Annual report on the working of the lock hospitals in the North-Western Provinces and Oudh
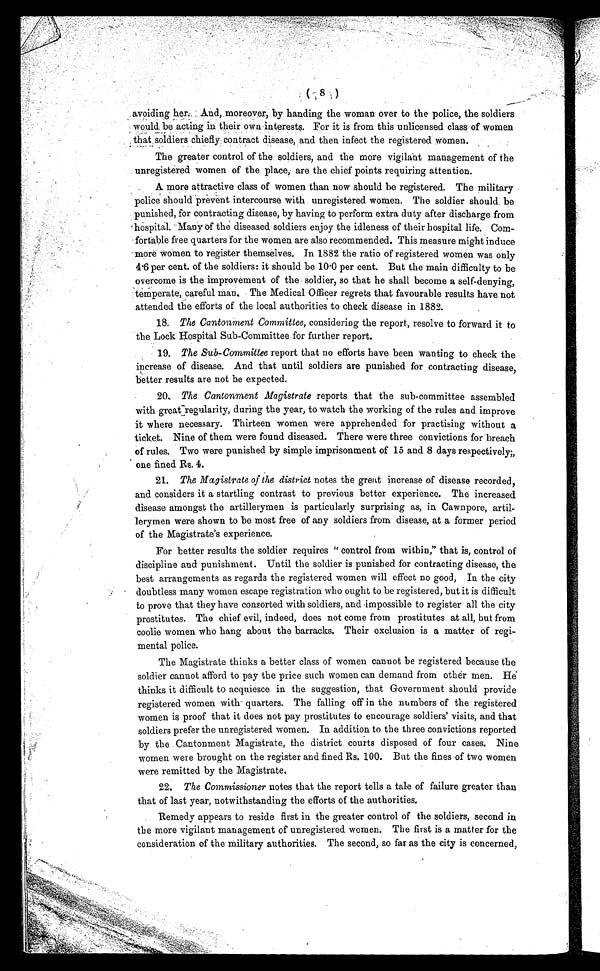
avoiding her And, moreover, by handing the woman over to the police, the soldiers
would. be acting in their own interests. For it is from this unlicensed class of women
that soldiers chiefly contract disease, and then infect the registered women.
The greater control of the soldiers, and the more vigilant management of the
unregistered women of the place, are the chief points requiring attention.
A more attractive class of women than now should be registered. The military
police should prevent intercourse with unregistered women. The soldier should. be
punished, for contracting disease, by having to perform extra duty after discharge from
hospital. Many of the diseased soldiers enjoy the idleness of their hospital life, Com-
fortable free quarters for the women are also recommended. This measure might induce
more women to register themselves. In 1882 the ratio of registered women was only
4.6 per cent, of the soldiers: it should be 10 .0 per cent. But the main difficulty to be
overcome is the improvement of the soldier, so that he shall become a self-denying,
temperate, careful man. The Medical Officer regrets that favourable results have not
attended the efforts of the local authorities to check disease in 1882.
18. The Cantonment Committee, considering the report, resolve to forward it to
the Lock Hospital Sub-Committee for further report.
19. The Sub-Committee report that no efforts have been wanting to check the
increase of disease. And that until soldiers are punished for contracting disease,
better results are not be expected.
20. The Cantonment Magistrate reports that the sub-committee assembled
with great regularity, during the year, to watch the working of the rules and improve
it where necessary. Thirteen women were apprehended for practising without a
ticket. Nine of them were found diseased. There were three convictions for breach
of rules. Two were punished by simple imprisonment of 15 and 8 days respectively;,
one fined Rs. 4.
21. The Magistrate of the district notes the great increase of disease recorded,
and considers it a startling contrast to previous better experience. The increased
disease amongst the artillerymen is particularly surprising as, in Cawnpore, artil-
lerymen were shown to be most free of any soldiers from disease, at a former period
of the Magistrate's experience.
For better results the soldier requires "control from within," that is, control of
discipline and punishment. Until the soldier is punished for contracting disease, the
best arrangements as regards the registered women will effect no good, In the city
doubtless many women escape registration who ought to be registered, but it is difficult
to prove that they have consorted with soldiers, and impossible to register all the city
prostitutes. The chief evil, indeed, does not come from prostitutes at all, but from
coolie women who hang about the barracks. Their exclusion is a matter of regi-
mental police.
The Magistrate thinks a better class of women cannot be registered because the.
soldier cannot afford to pay the price such women can demand from other men. He
thinks it difficult to acquiesce in. the suggestion, that Government should provide
registered women with quarters. The falling off in the numbers of the registered
women is proof that it does not pay prostitutes to encourage soldiers' visits, and that
soldiers prefer the unregistered women. In addition to the three convictions reported
by the Cantonment Magistrate, the district courts disposed of four cases. Nine
women were brought on the register and fined Rs. 100. But the fines of two women
were remitted by the Magistrate.
22. The Commissioner notes that the report tells a tale of failure greater than
that of last year, notwithstanding the efforts of the authorities.
Remedy appears to reside first in the greater control of the soldiers, second in
the more vigilant management of unregistered women. The first is a matter for the
consideration of the military authorities. The second, so far as the city is concerned,